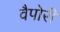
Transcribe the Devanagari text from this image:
वैपोरी